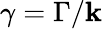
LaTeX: \gamma=\Gamma/\mathbf{k}